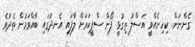
ގެންނަން. ކިހިނެއްވީ އަސްލު ތިގުޅީ ފޯން ސްޕީކަރަށް ލާފައި އެނދުގައި ބާއްވަމުން ތެދުވެ